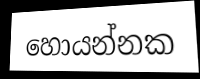
හොයන්නක